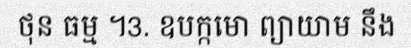
ថុន ធម្ម ។3. ឧបក្កមោ ព្យាយាម នឹង